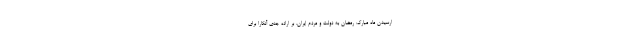
ارسیدن ماه مبارک رمضان به دولت و مردم ایران، بر اراده جدی آنکارا برای